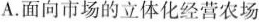
A.面向市场的立体化经营农场